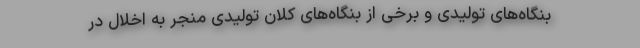
بنگاه‌های تولیدی و برخی از بنگاه‌های کلان تولیدی منجر به اخلال در